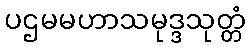
ပဌမမဟာသမုဒ္ဒသုတ္တံ